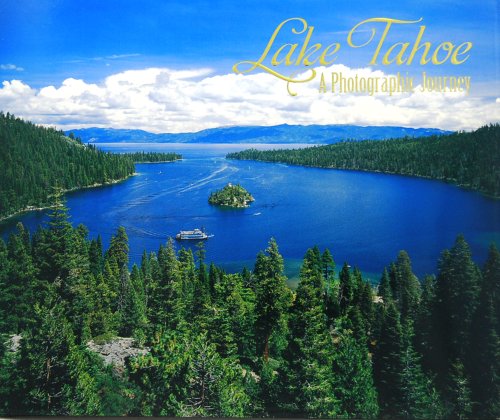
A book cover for Lake Tahoe, A Photographic Journey; Wholesale Resort Accessories; Travel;